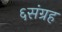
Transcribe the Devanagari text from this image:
६संग्रह